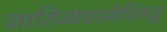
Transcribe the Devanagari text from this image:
जातिव्यवस्थेविरुद्ध